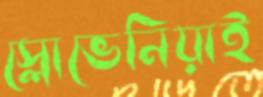
স্লোভেনিয়াই